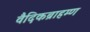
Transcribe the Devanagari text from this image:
वैदिकब्राहम्ण